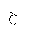
Letter: _ha